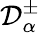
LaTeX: \mathcal{D}_{\alpha}^{\pm}